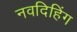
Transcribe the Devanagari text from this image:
नवदिहिंग